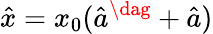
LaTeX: \hat{x}=x_{0}(\hat{a}^{\dag}+\hat{a})